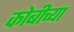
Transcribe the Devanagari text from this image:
कोबीच्या